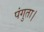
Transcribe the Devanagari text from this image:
पंगुता।